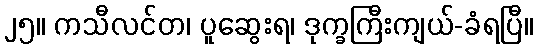
၂၅။ ကသီလင်တ၊ ပူဆွေးရ၊ ဒုက္ခကြီးကျယ်-ခံရပြီ။